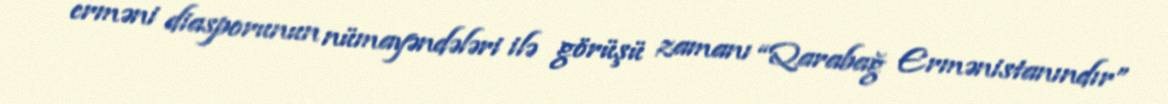
erməni diasporunun nümayəndələri ilə görüşü zamanı “Qarabağ Ermənistanındır”